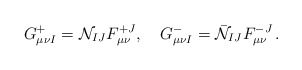
\begin{align*}G^+_{\mu\nu I}={\cal N}_{IJ}F^{+J}_{\mu\nu},\quad G^-_{\mu\nu I}=\bar{\cal N}_{IJ}F^{-J}_{\mu\nu}\, .\end{align*}